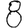
Digit: 8